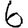
Digit: 6